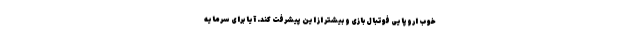
خوب اروپایی فوتبال بازی و بیشتر از این پیشرفت کند. آیا برای سرمایه